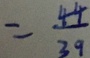
= \frac { 4 4 } { 3 9 }